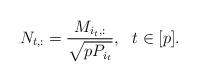
LaTeX: \begin{align*} N_{t,:} = \frac{M_{i_t,:}} {\sqrt{p P_{i_t}}}, \ \ t \in [p].\end{align*}